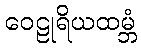
ဝေဠုရိယထမ္ဘံ